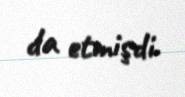
da etmişdi.